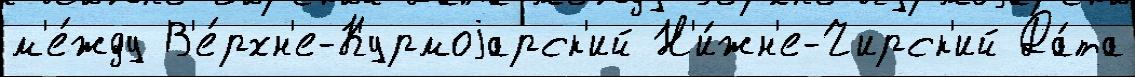
м'е́жду В'е́рхн'е-Курмоjарск'ий Н'и́жн'е-Чирск'ий Да́та